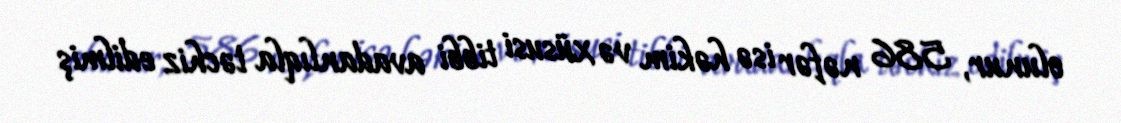
olunur, 586 nəfər isə həkim və xüsusi tibbi avadanlıqla təchiz edilmiş